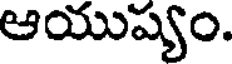
ఆయుష్యం.